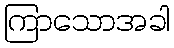
ကြာသောအခါ